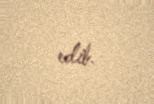
edib.